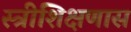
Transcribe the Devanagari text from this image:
स्त्रीशिक्षणास